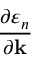
\frac { \partial \varepsilon _ { n } } { \partial \mathbf { k } }